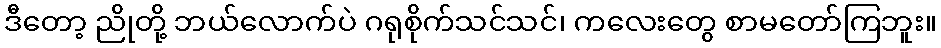
ဒီတော့ ညိုတို့ ဘယ်လောက်ပဲ ဂရုစိုက်သင်သင်၊ ကလေးတွေ စာမတော်ကြဘူး။